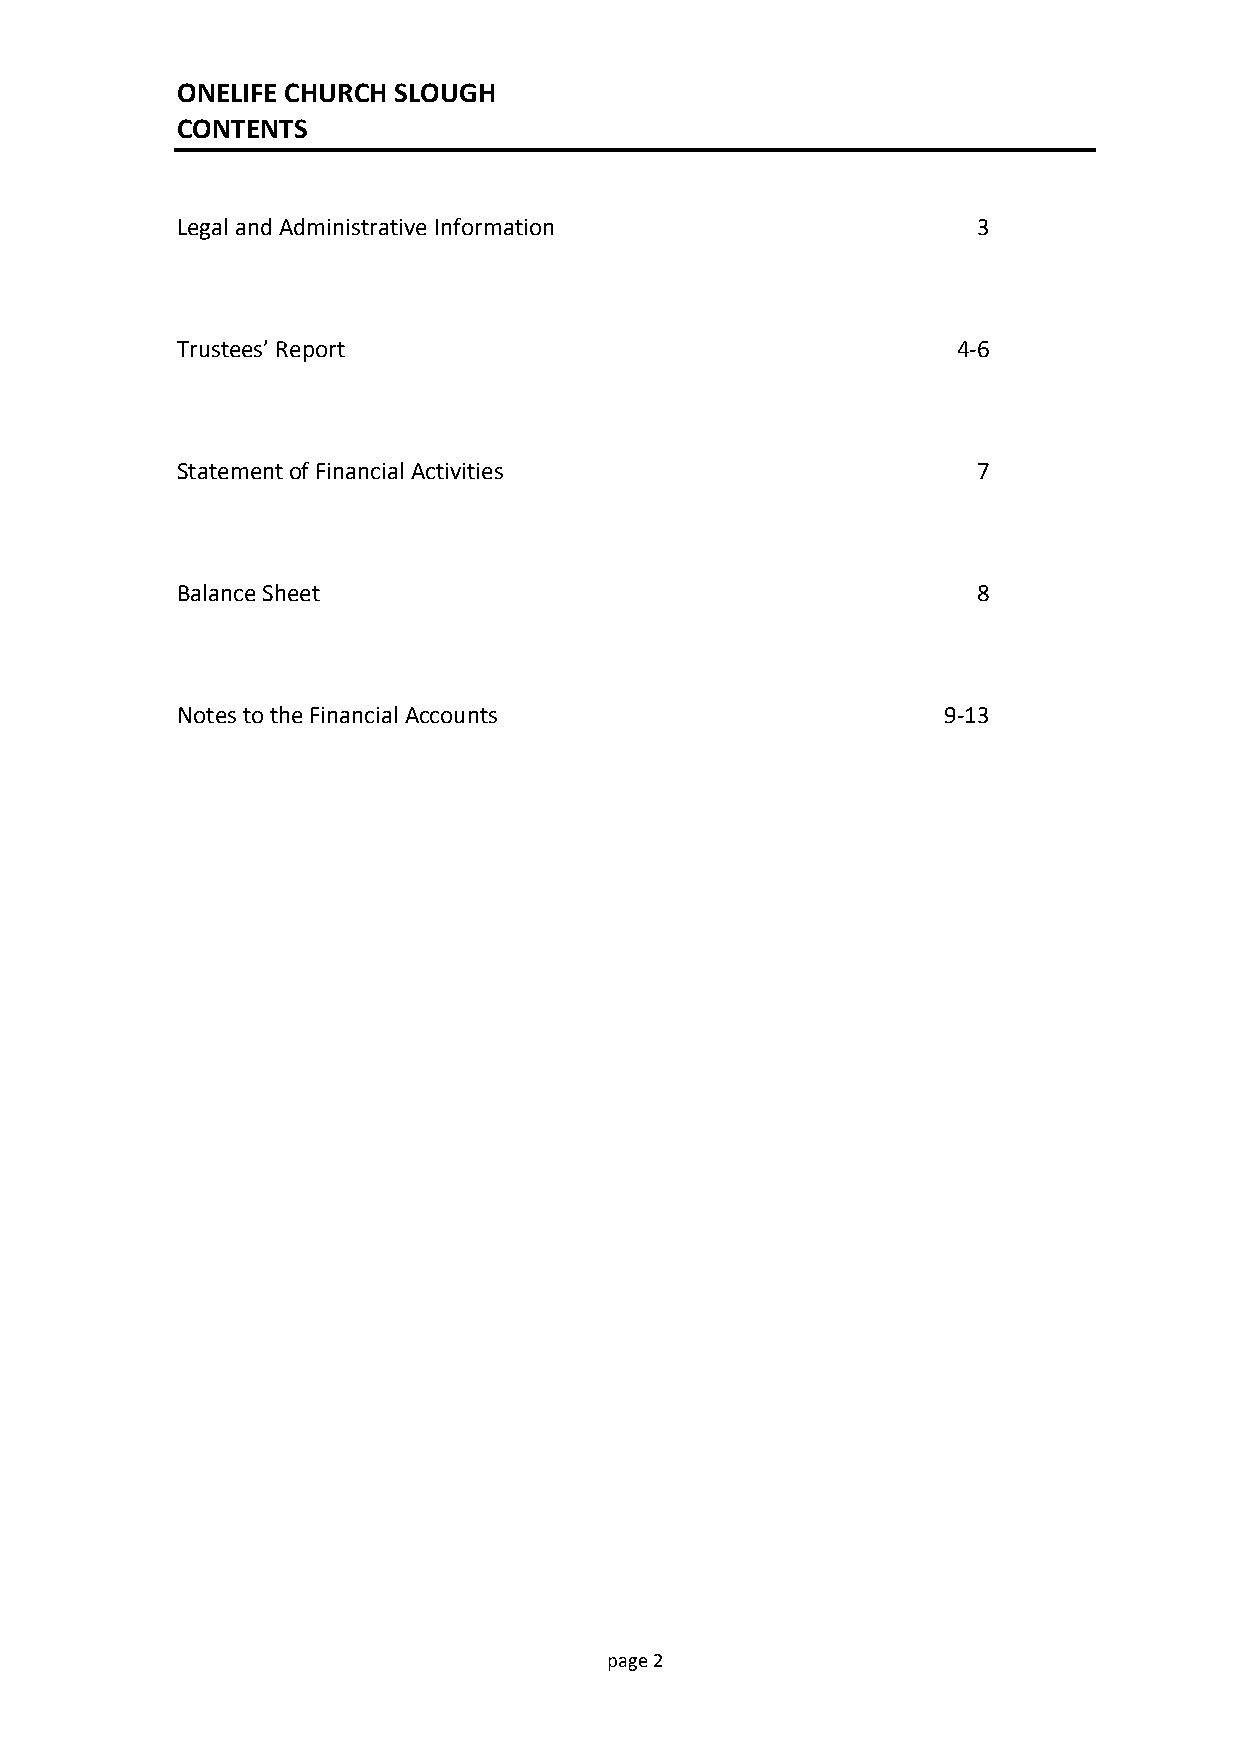
ONELIFE CHURCH SLOUGH
 CONTENTS
 Legal and Administrative Information                 3
 Trustees’ Report                                   4-6
 Statement of Financial Activities                    7
 Balance Sheet                                        8
 Notes to the Financial Accounts                   9-13
 pag e 2